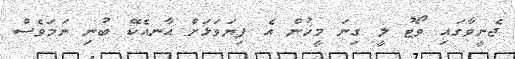
ޖެނީވާގައި ވޯޓު ލީ ގިނަ މީހުން އެ ފިޔަވަޅަށް އާނއެކޭ ބުނި ނަމަވެސް